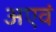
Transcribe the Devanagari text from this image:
अएवं